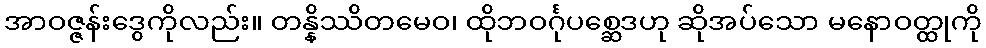
အာဝဇ္ဇန်းဒွေကိုလည်း။ တန္နိဿိတမေဝ၊ ထိုဘဝင်္ဂုပစ္ဆေဒဟု ဆိုအပ်သော မနောဝတ္ထုကို